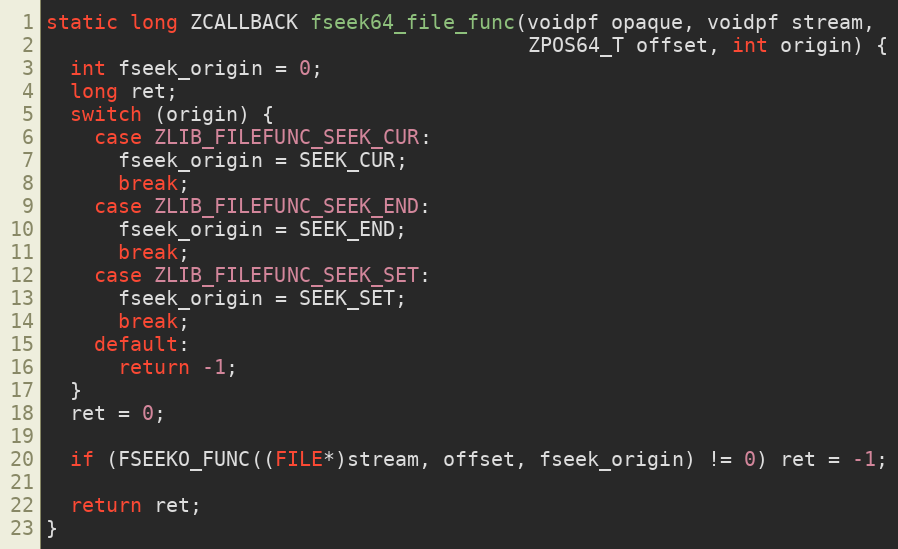
Language: C++
static long ZCALLBACK fseek64_file_func(voidpf opaque, voidpf stream,
                                        ZPOS64_T offset, int origin) {
  int fseek_origin = 0;
  long ret;
  switch (origin) {
    case ZLIB_FILEFUNC_SEEK_CUR:
      fseek_origin = SEEK_CUR;
      break;
    case ZLIB_FILEFUNC_SEEK_END:
      fseek_origin = SEEK_END;
      break;
    case ZLIB_FILEFUNC_SEEK_SET:
      fseek_origin = SEEK_SET;
      break;
    default:
      return -1;
  }
  ret = 0;

  if (FSEEKO_FUNC((FILE*)stream, offset, fseek_origin) != 0) ret = -1;

  return ret;
}